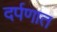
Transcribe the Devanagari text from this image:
दर्पणात